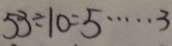
5 3 \div 1 0 = 5 \cdots 3